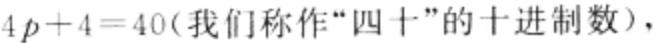
\(4p + 4 = 40(\text{我们称作“四十”的十进制数})\)